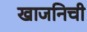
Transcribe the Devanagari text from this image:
खाजनिची